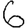
Digit: 6